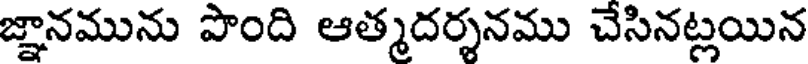
జ్ఞానమును పొంది ఆత్మదర్శనము చేసినట్లయిన